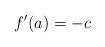
LaTeX: \begin{align*}f'(a)=-c\end{align*}